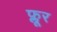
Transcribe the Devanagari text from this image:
फ्लूर